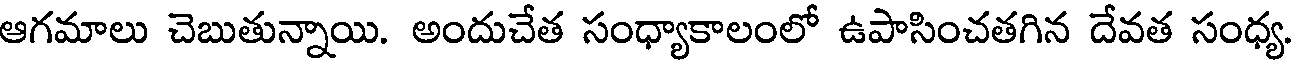
ఆగమాలు చెబుతున్నాయి. అందుచేత సంధ్యాకాలంలో ఉపాసించతగిన దేవత సంధ్య